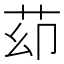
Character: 𦭙